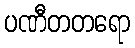
ပဏီတတရော